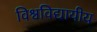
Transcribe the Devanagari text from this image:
विश्वविद्यायीय